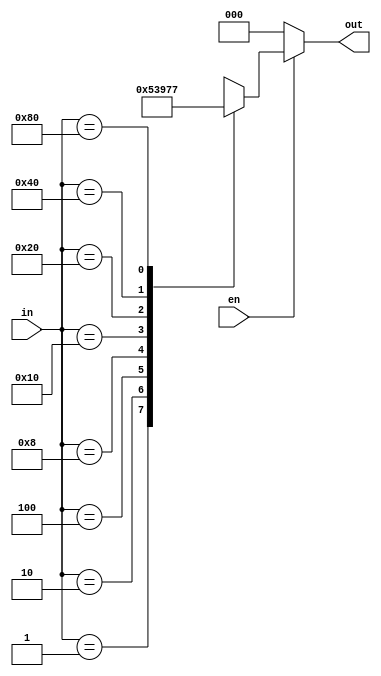
module Encode83 (
    input en,
    input [7:0] in,
    output reg [2:0] out
);
    integer i;
    always @(en, in) begin
        if (en) begin
            case (in)
                8'b00000001: out = 3'b000;
                8'b00000010: out = 3'b001;
                8'b00000100: out = 3'b010;
                8'b00001000: out = 3'b011;
                8'b00010000: out = 3'b100;
                8'b00100000: out = 3'b101;
                8'b01000000: out = 3'b110;
                8'b10000000: out = 3'b111;
                default: out = 3'bxxx;
            endcase
        end else out = 3'b000;
    end
endmodule